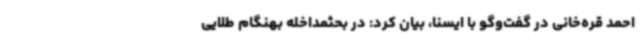
احمد قره‌خانی در گفت‌وگو با ایسنا، بیان کرد: در بحثمداخله بهنگام طلایی